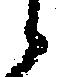
候